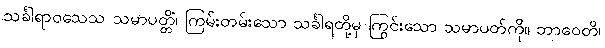
သင်္ခါရာဝသေသ သမာပတ္တိံ၊ ကြမ်းတမ်းသော သင်္ခါရတို့မှ ကြွင်းသော သမာပတ်ကို။ ဘာဝေတိ၊